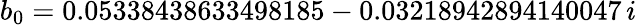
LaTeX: b_{0}=0.05338438633498185-0.03218942894140047\, i